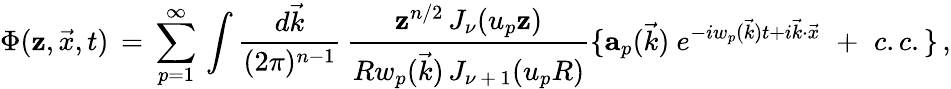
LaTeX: \Phi(\mathbf{z},\vec{{x}},t)\, =\, \sum_{p=1}^{\infty}\, \int{\frac{{d\vec{{k}}}}{{(2\pi)^{n-1}}}}\, {\frac{{\mathbf{z}^{n/2}\, J_{\nu}(u_{p}\mathbf{z})}}{{Rw_{p}(\vec{{k}})\, J_{\nu\, +\, 1}(u_{p}R)}}}\lbrace{{\mathbf{a}}_{p}(\vec{{k}})\ }e^{-iw_{p}(\vec{{k}})t+i\vec{{k}}\cdot\vec{{x}}}\, \, +\, \, c.c.\rbrace\, ,